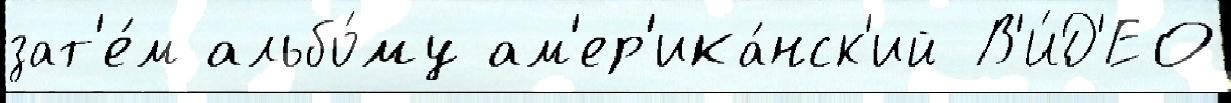
зат'е́м альбо́му ам'ер'ика́нск'ий В'И́Д'ЕО